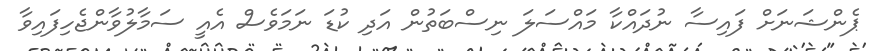
ޕެންޝަނަށް ފައިސާ ނުދައްކާ މައްސަލަ ނިސްބަތުން އަދި ކުޑަ ނަމަވެސް އެއީ ސަމާލުވާންޖެހިފައިވާ